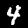
Digit: 4